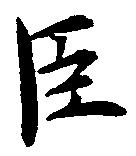
臣